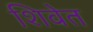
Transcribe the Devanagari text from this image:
शिवेत